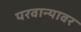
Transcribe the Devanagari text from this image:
परवान्यावर